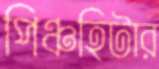
পিঞ্চহিটার